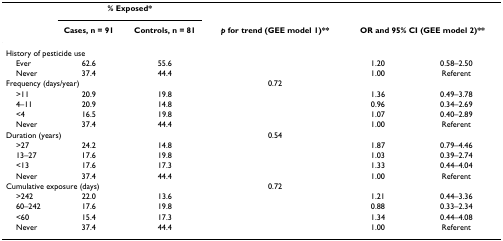
<table><thead><tr><td></td><td colspan="2"><b>% Exposed*</b></td><td></td><td></td><td></td></tr><tr><td></td><td><b>Cases, n = 91</b></td><td><b>Controls, n = 81</b></td><td><b><i>p </i>for trend (GEE model 1)**</b></td><td colspan="2"><b>OR and 95% CI (GEE model 2)**</b></td></tr></thead><tbody><tr><td colspan="2">History of pesticide use</td><td></td><td></td><td></td><td></td></tr><tr><td> Ever</td><td>62.6</td><td>55.6</td><td></td><td>1.20</td><td>0.58–2.50</td></tr><tr><td> Never</td><td>37.4</td><td>44.4</td><td></td><td>1.00</td><td>Referent</td></tr><tr><td colspan="2">Frequency (days/year)</td><td></td><td>0.72</td><td></td><td></td></tr><tr><td> &gt;11</td><td>20.9</td><td>19.8</td><td></td><td>1.36</td><td>0.49–3.78</td></tr><tr><td> 4–11</td><td>20.9</td><td>14.8</td><td></td><td>0.96</td><td>0.34–2.69</td></tr><tr><td> &lt;4</td><td>16.5</td><td>19.8</td><td></td><td>1.07</td><td>0.40–2.89</td></tr><tr><td> Never</td><td>37.4</td><td>44.4</td><td></td><td>1.00</td><td>Referent</td></tr><tr><td colspan="2">Duration (years)</td><td></td><td>0.54</td><td></td><td></td></tr><tr><td> &gt;27</td><td>24.2</td><td>14.8</td><td></td><td>1.87</td><td>0.79–4.46</td></tr><tr><td> 13–27</td><td>17.6</td><td>19.8</td><td></td><td>1.03</td><td>0.39–2.74</td></tr><tr><td> &lt;13</td><td>17.6</td><td>17.3</td><td></td><td>1.33</td><td>0.44–4.04</td></tr><tr><td> Never</td><td>37.4</td><td>44.4</td><td></td><td>1.00</td><td>Referent</td></tr><tr><td colspan="2">Cumulative exposure (days)</td><td></td><td>0.72</td><td></td><td></td></tr><tr><td> &gt;242</td><td>22.0</td><td>13.6</td><td></td><td>1.21</td><td>0.44–3.36</td></tr><tr><td> 60–242</td><td>17.6</td><td>19.8</td><td></td><td>0.88</td><td>0.33–2.34</td></tr><tr><td> &lt;60</td><td>15.4</td><td>17.3</td><td></td><td>1.34</td><td>0.44–4.08</td></tr><tr><td> Never</td><td>37.4</td><td>44.4</td><td></td><td>1.00</td><td>Referent</td></tr></tbody></table>